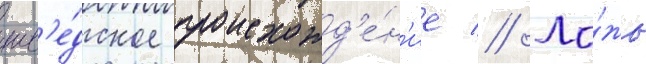
шв'е́дское происхожд'е́н'ие // Ло́жь